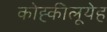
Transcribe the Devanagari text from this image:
कोह्कीलूयेह